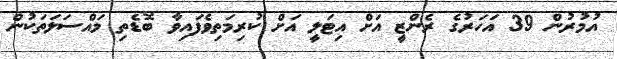
އުމުރުން 39 އަހަރުގެ ރެންޒީ އަށް އިޓަލީ އަށް ކުރިމަތިވެފައިވާ ބޮޑެތި މައްސަލަތަކުން